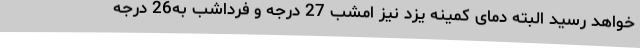
خواهد رسید البته دمای کمینه یزد نیز امشب 27 درجه و فرداشب به26 درجه